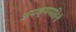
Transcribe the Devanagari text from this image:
अपक्षपातिनी